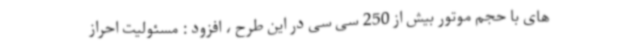
های با حجم موتور بیش از 250 سی سی در این طرح ، افزود : مسئولیت احراز